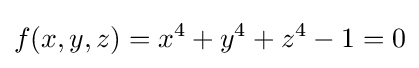
f(x,y,z)=x^{4}+y^{4}+z^{4}-1=0